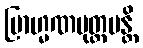
ဗြာဟ္မဏမုတ္တမန္တိ